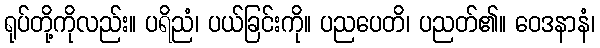
ရုပ်တို့ကိုလည်း။ ပရိညံ၊ ပယ်ခြင်းကို။ ပညပေတိ၊ ပညတ်၏။ ဝေဒနာနံ၊